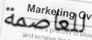
للعاصمة